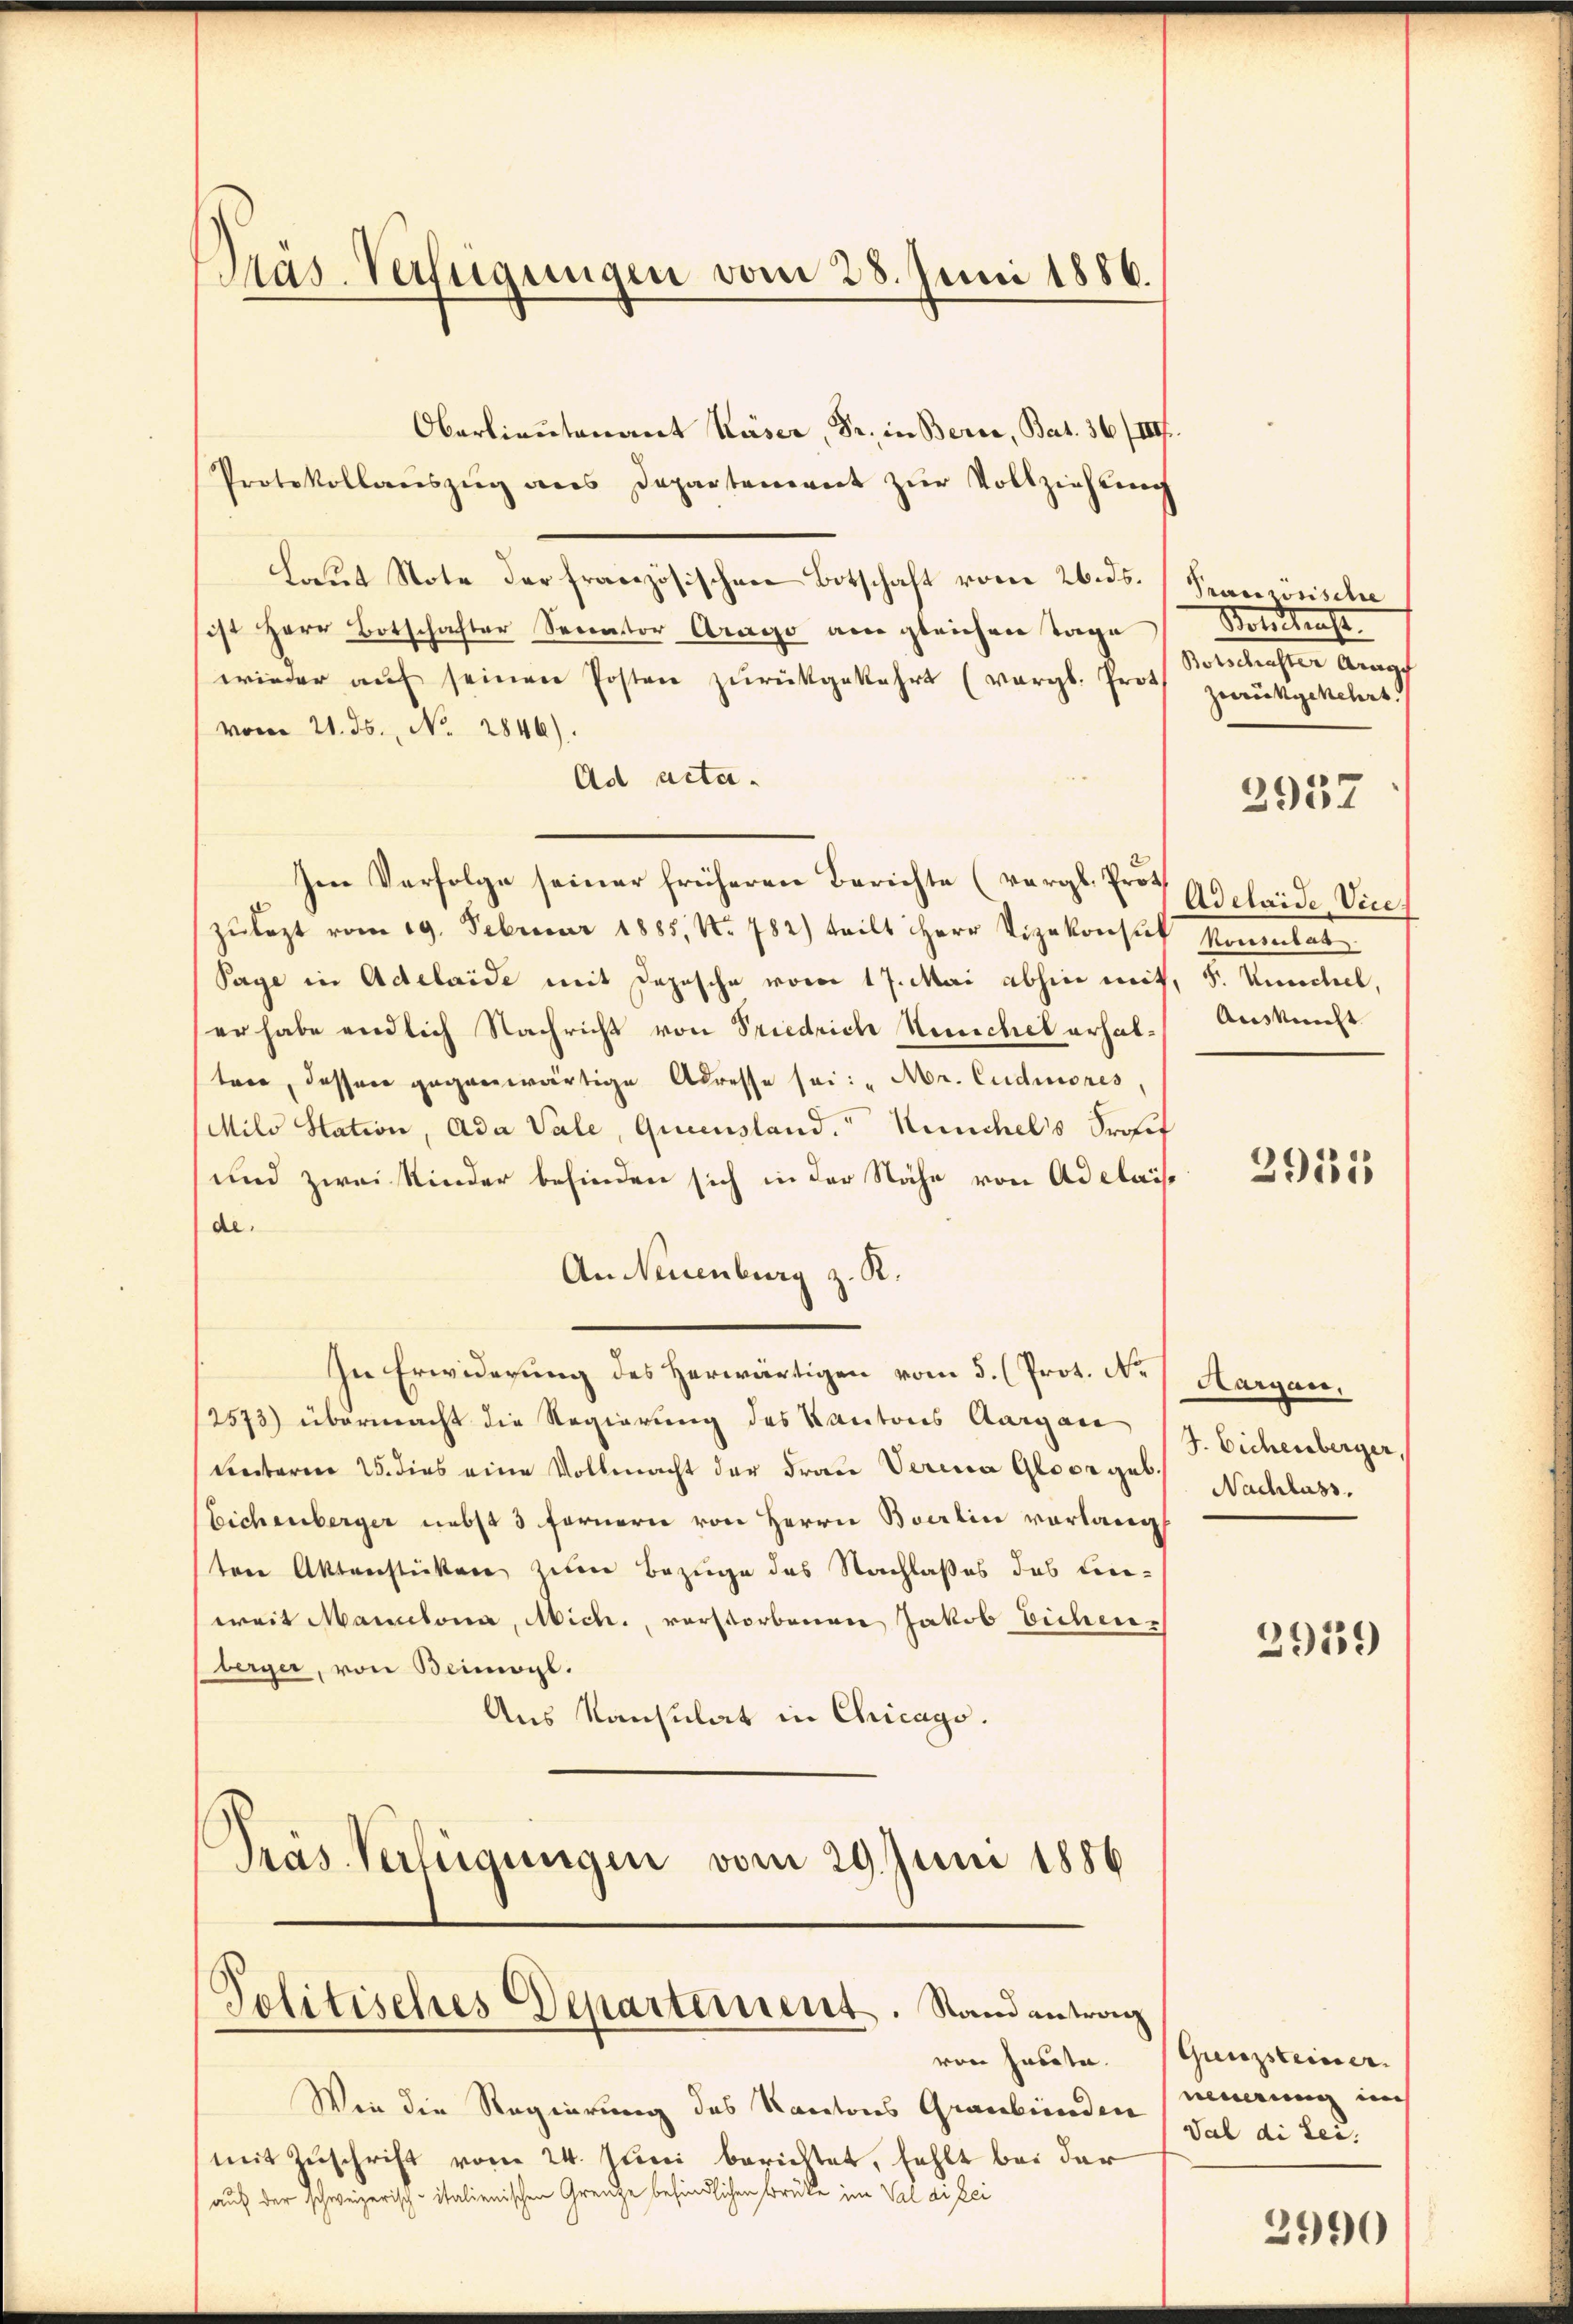
Oberlieutenant Käser, Dr. in Berce, Bat. 36/III.
Protokollauszug aus Departement zŭr Vollziehung
Laut Note der französischen Botschaft vom 26. ds. Pranzösische
sist Herr Botschafter Senator Arago ane gleichen Tage
wieder aŭf seinen Posten zŭrückgekehrt (vergl. Prot
vom 21. ds., No. 2846).
Ad acta.
Im Verfolge seiner früheren Berichte (vergl. Prof. Adelaide. Vicezulezt vom 19. Februar 1885, Nr. 782) teilt Herr Vizekonsul Komentat
Tage in Adelaide mit Depesche vom 17. Mai abhin mit, S. Kuchel,
(er habe endlich Nachricht von Friedrich Neuchel erhalten, dessen gegenwärtige Adresse sei: „Mr. Cudmores,
Milo Station, Ada Vale, Queensland. Kuchels Prof
und zwei Kinder befinden sich in der Nähe von Adelais
de.
An Neuenburg z. R.
In Erwiderung des herwärtigen vom 5. (Prot. No
/2573) übermacht die Regierung des Kantons Aargare
Lnterm 25. dies eine Vollmacht der Frau Verina Gloor geb.
Eichenberger nebst 3 fernern von Herrn Berlin vorlang
ten Aktenstücken zum Bezuge des Nachlaßes das Lieweit Mantona, Mich., verstorbenen Jakob Eichenberger, von Beimoyl.
Aus Konsulat in Chicago.
Pras Verfügungen vom 29. Juni 1886

Pas Verfügungen vom 28. Juni 1886.

Politisches Departement. Stand antrag
von hatte.

Wie die Regierung des Kantons Graubünden, da di Leimit Zuschrift vom 24. Juni berichtet, fehlt bei der
auf der schweizerisch-italienischen Grenze befindlichen Brücke im Val di Lei

Vondtenst
sammlichen Ange
zurückgekehrt.
2957

Ausknecht

291815

Aargau,
J. Eichenberger,
Nachlass.

29159)

Grenzsteiner.
neuerung ins

2990